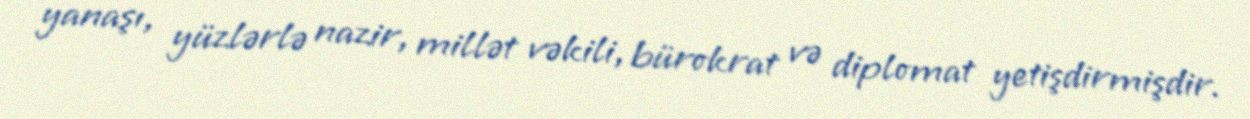
yanaşı, yüzlərlə nazir, millət vəkili, bürokrat və diplomat yetişdirmişdir.